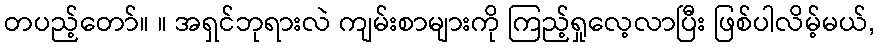
တပည့်တော်။ ။ အရှင်ဘုရားလဲ ကျမ်းစာများကို ကြည့်ရှုလေ့လာပြီး ဖြစ်ပါလိမ့်မယ်,